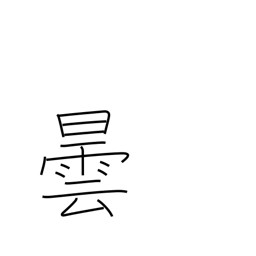
Meaning: cloud up